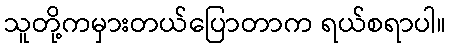
သူတို့ကမှားတယ်ပြောတာက ရယ်စရာပါ။